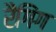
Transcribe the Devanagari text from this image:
रैंगिंग